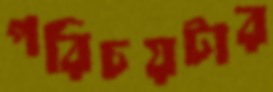
পরিচয়টার